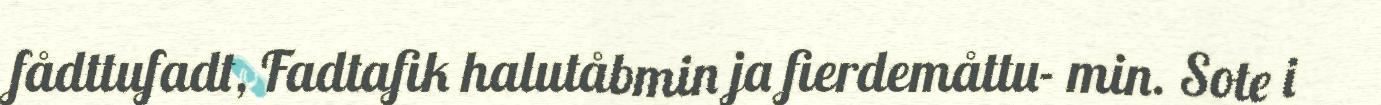
fådttufadt, Fadtafik halutåbmin ja fierdemåttu- min. Sote i